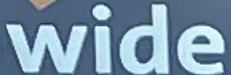
Wide